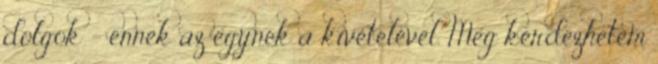
dolgok - ennek az egynek a kivételével. Meg kérdezhetem